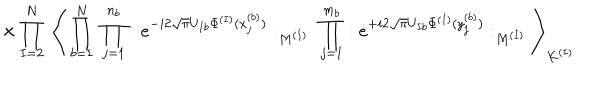
LaTeX: \times \prod _ { I = 2 } ^ { N } \; \Bigg \langle \prod _ { b = 1 } ^ { N } \; \prod _ { j = 1 } ^ { n _ { b } } : e ^ { - i 2 \sqrt { \pi } U _ { I b } \Phi ^ { ( I ) } ( x _ { j } ^ { ( b ) } ) } : _ { M ^ { ( I ) } } \; \prod _ { j = 1 } ^ { m _ { b } } : e ^ { + i 2 \sqrt { \pi } U _ { I b } \Phi ^ { ( I ) } ( y _ { j } ^ { ( b ) } ) } : _ { M ^ { ( I ) } } \Bigg \rangle _ { K ^ { ( I ) } }